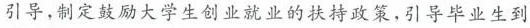
引导，制定鼓励大学生创业就业的扶持政策，引导毕业生到